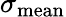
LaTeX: \sigma_{\mathrm{mean}}